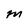
Character: M